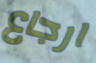
ارجاع